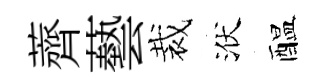
薺藝裁洑醖